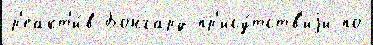
р'еакт'и́в Бонгард пр'ису́тств'иjи по